Vaccination in Bombay 1856-1862 - 1856-1862
Year: 1856
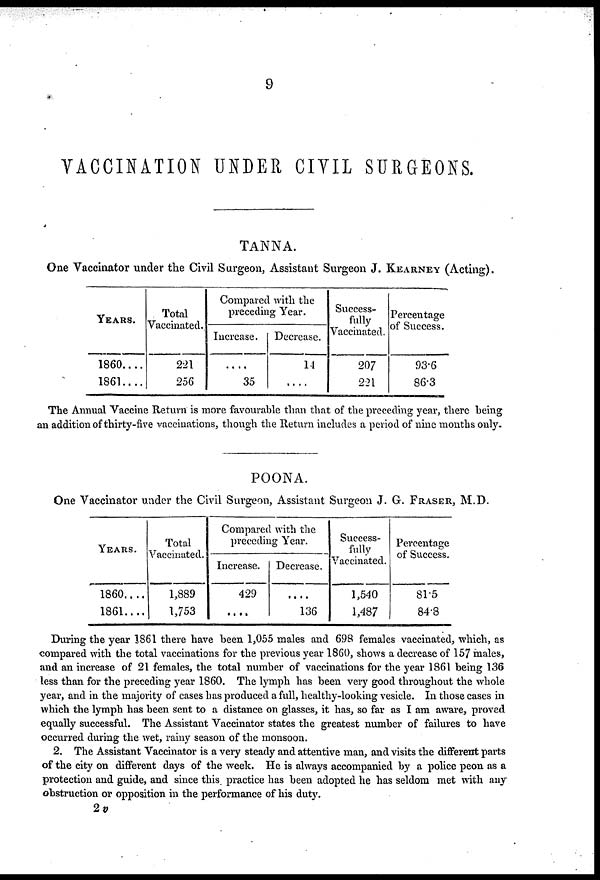
9
VACCINATION UNDER CIVIL SURGEONS.
TANNA.
One Vaccinator under the Civil Surgeon, Assistant Surgeon J. KEARNEY (Acting).
YEARS.
1860....
1861....
Total
Vaccinated.
221
256
Compared with the
preceding Year.
Increase.
....
35
Decrease.
14
....
Success-
fully
Vaccinated.
207
221
Percentage
of Success.
93.6
86.3
The Annual Vaccine Return is more favourable than that of the preceding year, there being
an addition of thirty-five vaccinations, though the Return includes a period of nine months only.
POONA.
One Vaccinator under the Civil Surgeon, Assistant Surgeon J. G. FRASER, M.D.
YEARS.
1860....
1861....
Total
Vaccinated.
1,889
1,753
Compared with the
preceding Year.
Increase.
429
....
Decrease.
....
136
Success-
fully
Vaccinated.
1,540
1,487
Percentage
of Success.
81.5
84.8
During the year 1861 there have been 1,055 males and 698 females vaccinated, which, as
compared with the total vaccinations for the previous year 1860, shows a decrease of 157 males,
and an increase of 21 females, the total number of vaccinations for the year 1861 being 136
less than for the preceding year 1860. The lymph has been very good throughout the whole
year, and in the majority of cases has produced a full, healthy-looking vesicle. In those cases in
which the lymph has been sent to a distance on glasses, it has, so far as I am aware, proved
equally successful. The Assistant Vaccinator states the greatest number of failures to have
occurred during the wet, rainy season of the monsoon.
2. The Assistant Vaccinator is a very steady and attentive man, and visits the different parts
of the city on different days of the week. He is always accompanied by a police peon as a
protection and guide, and since this practice has been adopted he has seldom met with any
obstruction or opposition in the performance of his duty.
2v